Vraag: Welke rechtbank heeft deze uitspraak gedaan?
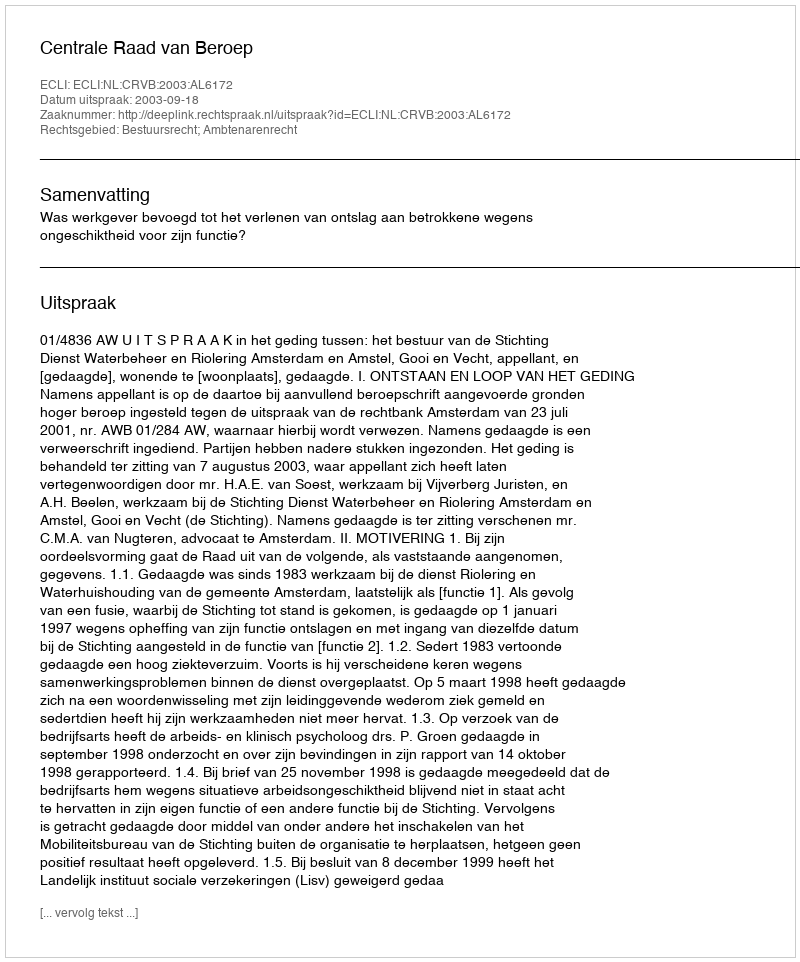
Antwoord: Centrale Raad van Beroep